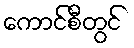
ကောင်စီတွင်